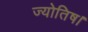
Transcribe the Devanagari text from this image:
ज्‍योतिष।